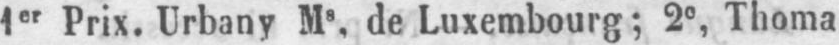
1er Prix. Urbany Ms. de Luxembourg; 2e Thoma